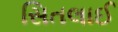
સિતલાઈ